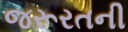
જરૂરતની